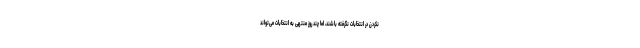
نکردن در انتخابات نگرفته باشند، اما چند روز منتهی به انتخابات می‌تواند